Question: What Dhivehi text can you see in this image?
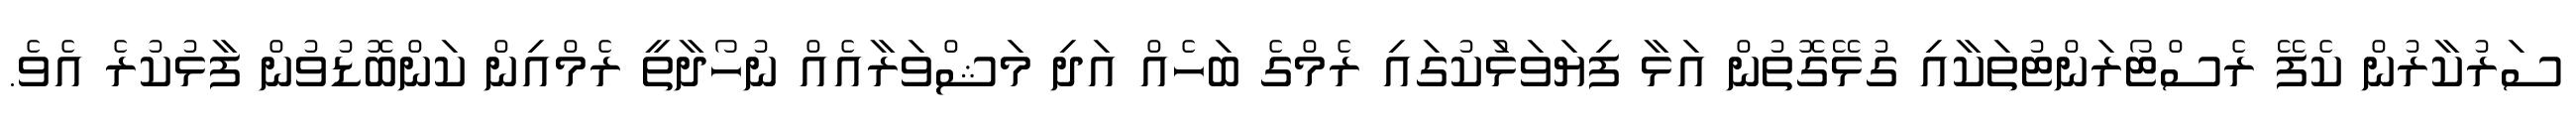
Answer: ސަރުކާރުން ކެފޭ ރެސްޓޯރަންޓުތަކާއި ގުޅޭގޮތުން އަޅާ ފިޔަވަޅުަކުގައި ރެމްގެ ބަހެއް އަދި މަޝްވަރާއެއް ނުހޯދާތީ ރެމްއިން ކަންބޮޑުވުން ފާޅުކުރެ އެވެ.